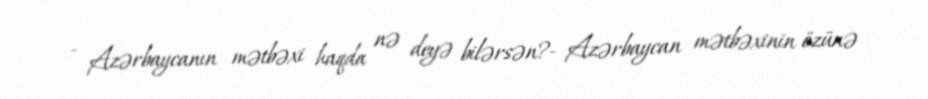
- Azərbaycanın mətbəxi haqda nə deyə bilərsən?- Azərbaycan mətbəxinin özünə